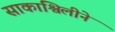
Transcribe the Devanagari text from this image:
साकाश्विलीने